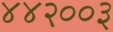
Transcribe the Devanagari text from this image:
४४२००३